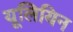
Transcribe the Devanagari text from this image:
यूलियिन